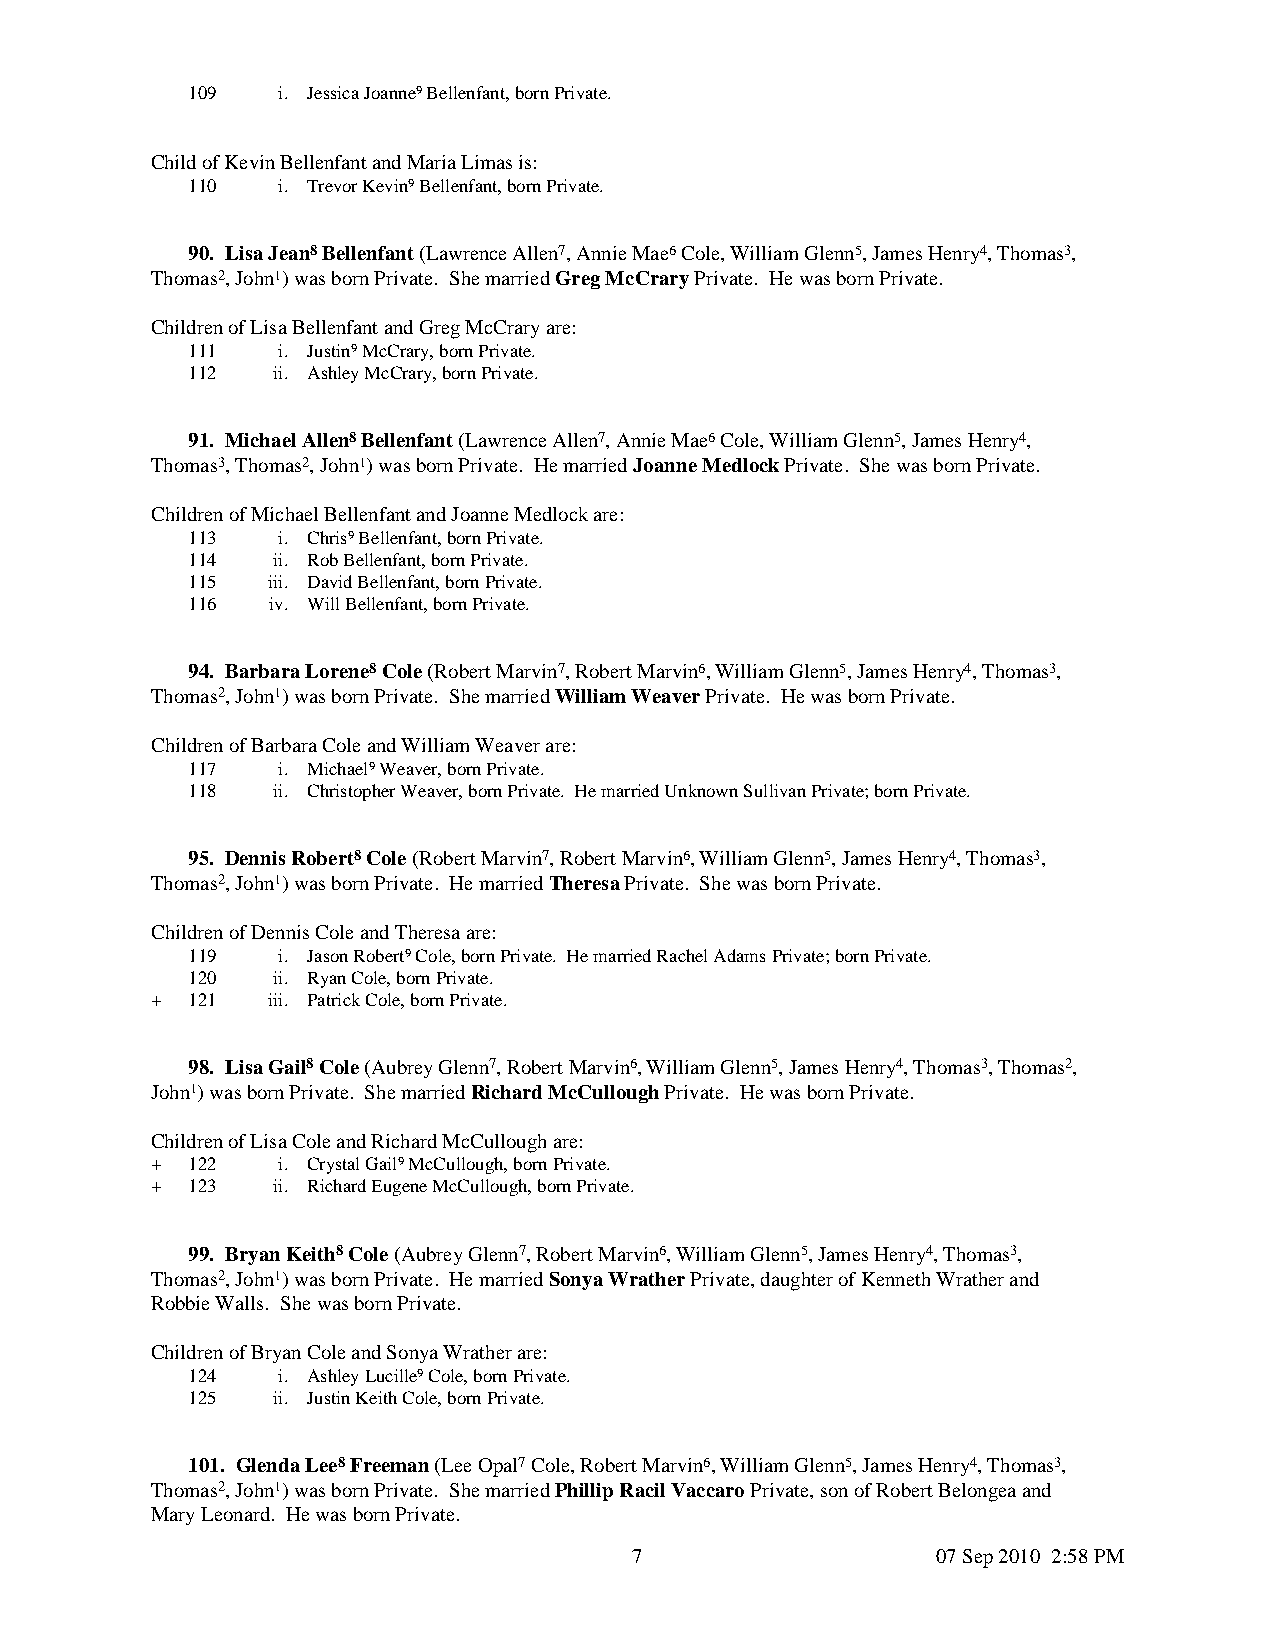
109   i. Jessica Joanne9 Bellenfant, born Private.
 Child of Kevin Bellenfant and Maria Limas is:
 110   i. Trevor Kevin9 Bellenfant, born Private.
 90. Lisa Jean8 Bellenfant (Lawrence Allen7, Annie Mae6 Cole, William Glenn5, James Henry4, Thomas3,
 Thomas2, John1) was born Private. She married Greg McCrary Private. He was born Private.
 Children of Lisa Bellenfant and Greg McCrary are:
 111   i. Justin9 McCrary, born Private.
 112   ii. Ashley McCrary, born Private.
 91. Michael Allen8 Bellenfant (Lawrence Allen7, Annie Mae6 Cole, William Glenn5, James Henry4,
 Thomas3, Thomas2, John1) was born Private. He married Joanne Medlock Private. She was born Private.
 Children of Michael Bellenfant and Joanne Medlock are:
 113   i. Chris9 Bellenfant, born Private.
 114   ii. Rob Bellenfant, born Private.
 115   iii. David Bellenfant, born Private.
 116   iv. Will Bellenfant, born Private.
 94. Barbara Lorene8 Cole (Robert Marvin7, Robert Marvin6, William Glenn5, James Henry4, Thomas3,
 Thomas2, John1) was born Private. She married William Weaver Private. He was born Private.
 Children of Barbara Cole and William Weaver are:
 117   i. Michael9 Weaver, born Private.
 118   ii. Christopher Weaver, born Private. He married Unknown Sullivan Private; born Private.
 95. Dennis Robert8 Cole (Robert Marvin7, Robert Marvin6, William Glenn5, James Henry4, Thomas3,
 Thomas2, John1) was born Private. He married Theresa Private. She was born Private.
 Children of Dennis Cole and Theresa are:
 119   i. Jason Robert9 Cole, born Private. He married Rachel Adams Private; born Private.
 120   ii. Ryan Cole, born Private.
 + 121   iii. Patrick Cole, born Private.
 98. Lisa Gail8 Cole (Aubrey Glenn7, Robert Marvin6, William Glenn5, James Henry4, Thomas3, Thomas2,
 John1) was born Private. She married Richard McCullough Private. He was born Private.
 Children of Lisa Cole and Richard McCullough are:
 + 122   i. Crystal Gail9 McCullough, born Private.
 + 123   ii. Richard Eugene McCullough, born Private.
 99. Bryan Keith8 Cole (Aubrey Glenn7, Robert Marvin6, William Glenn5, James Henry4, Thomas3,
 Thomas2, John1) was born Private. He married Sonya Wrather Private, daughter of Kenneth Wrather and
 Robbie Walls. She was born Private.
 Children of Bryan Cole and Sonya Wrather are:
 124   i. Ashley Lucille9 Cole, born Private.
 125   ii. Justin Keith Cole, born Private.
 101. Glenda Lee8 Freeman (Lee Opal7 Cole, Robert Marvin6, William Glenn5, James Henry4, Thomas3,
 Thomas2, John1) was born Private. She married Phillip Racil Vaccaro Private, son of Robert Belongea and
 Mary Leonard. He was born Private.
 7                   07 Sep 2010 2:58 PM